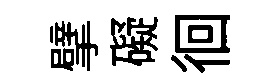
擘礙徊